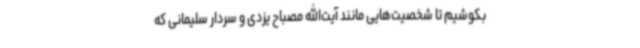
بکوشیم تا شخصیت‌هایی مانند آیت‌الله مصباح یزدی و سردار سلیمانی که